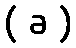
( ခ )